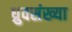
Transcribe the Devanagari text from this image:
ध्रुवसंख्या